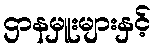
ဌာနမှူးများနှင့်